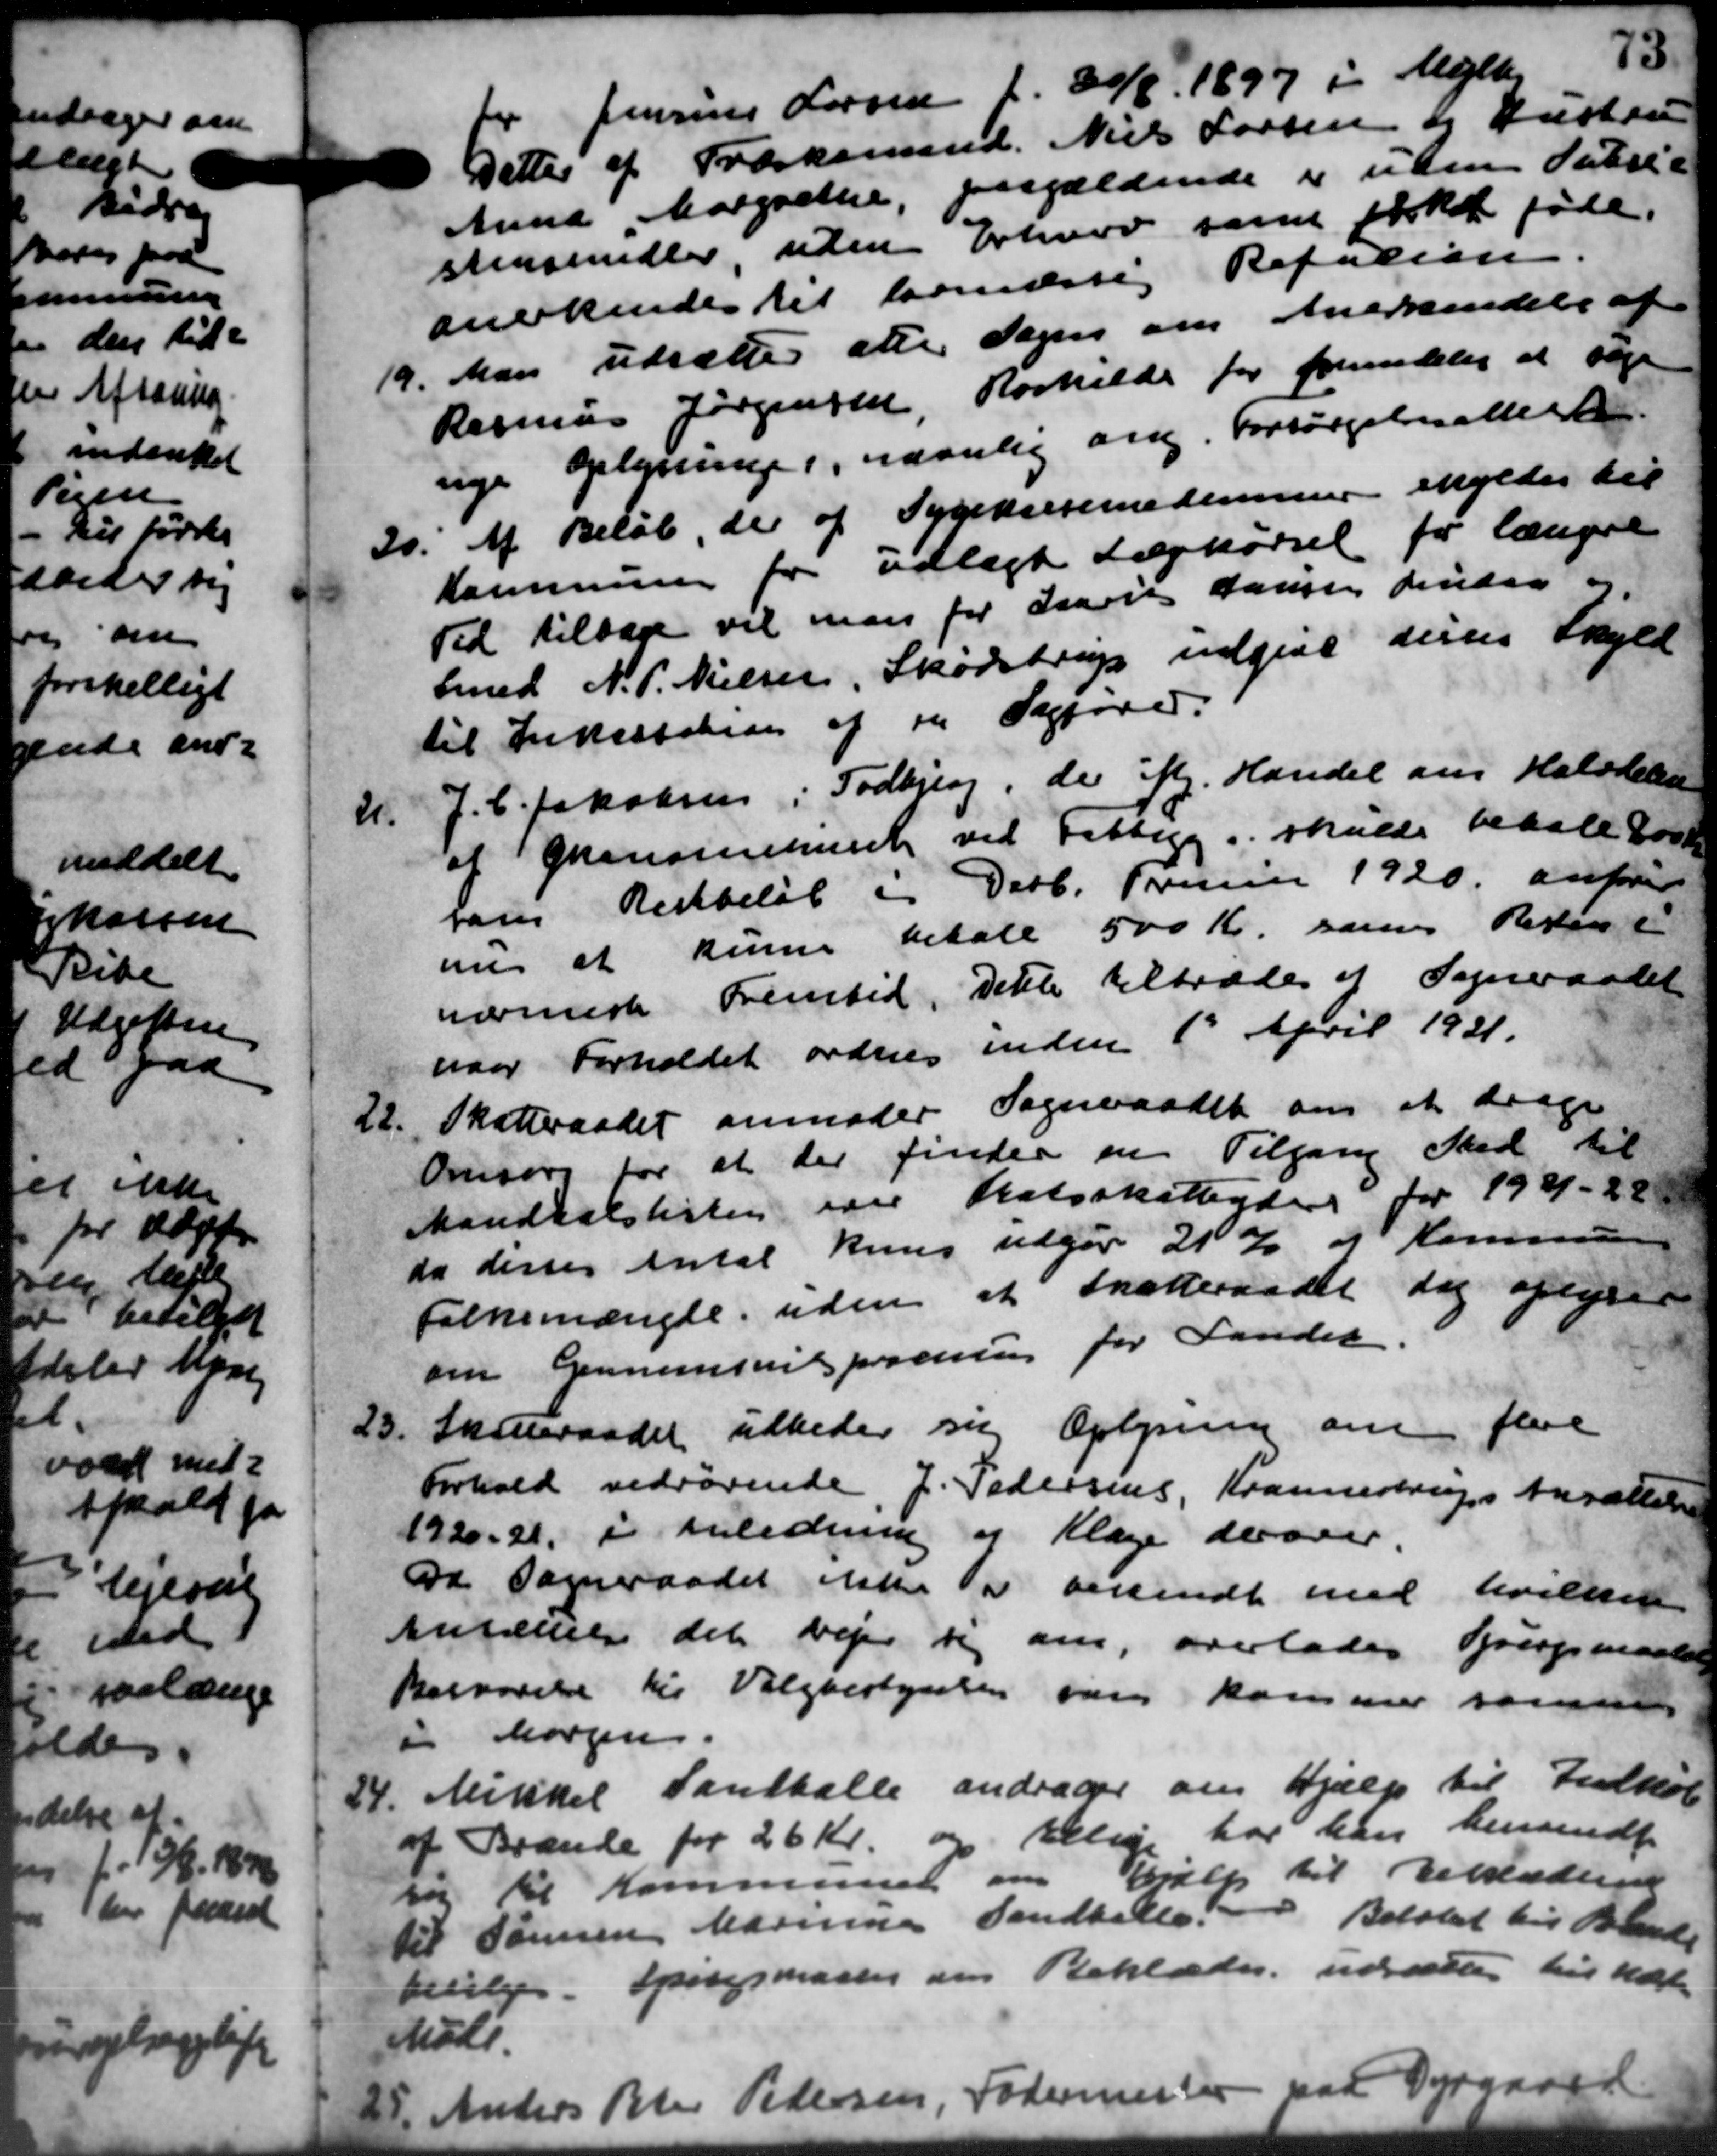
Transskription:
Jensine Larsen f. 20/6 1897 i Mejlby
Dettes af Træskemand Niels Larsen og Hustrup
Anna Margrethe, paagældende er uden Pubil-
stensmidler, uden Erhverv samt forket føde.
anerkendes til lovmæssig Refusion.
19.
Man udsættes atte Sogns om Anerkendelse af
Rasmus Jørgensen, Roskilde for fremdeles at søge
nge oplysningeri, navnlig ang. Forsørgelsesatteste.
30.
Af Beløb, der af Sygekassemedemmer skyldes til
Kommunen for udlagt Lægekørsel for længere
Tid tilbage vil man for svares Larsen findes og
Smed N. P. Nielsen, Skødstrup indgive disses Skyld
til Indsatation af en Sagfører.
21.
J. C. Jakobsen i Todbjerg, de iflg. Handel om Halvdelen
af Økonsumment ved Fattigg i skulde betalt 800 Kr.
som Restbeløb i Dobb. Truin 1920 anfører
m at kunne betale 500 Kr. samt Resten i
nærmeste Fremtid. Dette tiltrædes af Sogneraadet
naar Forholdet ordnes inden 1' April 1921.
22.
Skatteraadet anmoder Sogneraadet om at drage
Omsorg for at der finder en Tilgang Sted til
Mandtalslisten over Statsskatteyder for 1921-28
da disses Antal kuns udgør 21 % af Kommune
folkemængde, uden at trætteraadet dog oplysn
om Gennemsnitsforening for Landet.
23.
Sogneraadet udbeder sig Oplysning om flere
Forhold vedrørende, J. Pedersens, Krannestrups Ansættelse
1920-21, i Anledning af Klage derover.
Da Sogneraadet ikke er besendt med hvilket
Ansættelse det vejer og om, overlades Grurgsmaalen
Besvarelse til Valgbestyrelsen var kommer sammen
" horgen.
24.
Mikkel Sandballe andrager om Hjælp til Indkøb
af Brænde for 26 Kr. og tillige har han hemsendt
g til Kommunen om  Hjælp til Beklæderne
til Søren Marine Sandballe. - Beløbet til Brand
ville. Spørgsmaaler om Beklæder udsættes til Udst
Møde.

Anders Peter Pedersen, Fodermester var Dergaard